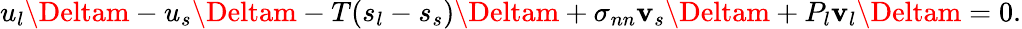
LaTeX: u_{l}\Deltam-u_{s}\Deltam-T(s_{l}-s_{s})\Deltam+\sigma_{nn}\mathbf{v}_{s}\Deltam+P_{l}\mathbf{v}_{l}\Deltam=0.